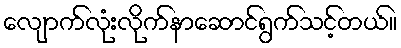
လျောက်လုံးလိုက်နာဆောင်ရွက်သင့်တယ်။